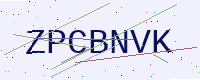
Text: ZPCBNVK